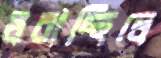
ধরাচ্ছিলে